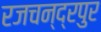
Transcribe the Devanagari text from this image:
रजचन्द्रपुर